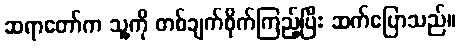
ဆရာတော်က သူ့ကို တစ်ချက်စိုက်ကြည့်ပြီး ဆက်ပြောသည်။